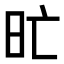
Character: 𣅇